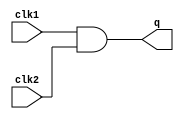
module skew_design(
input clk1,
input clk2,
output q
    );
    
    assign q = clk1 & clk2;
    
   specify
    specparam tskew = 2;
    $skew(posedge clk1, posedge clk2, tskew);
   endspecify
endmodule